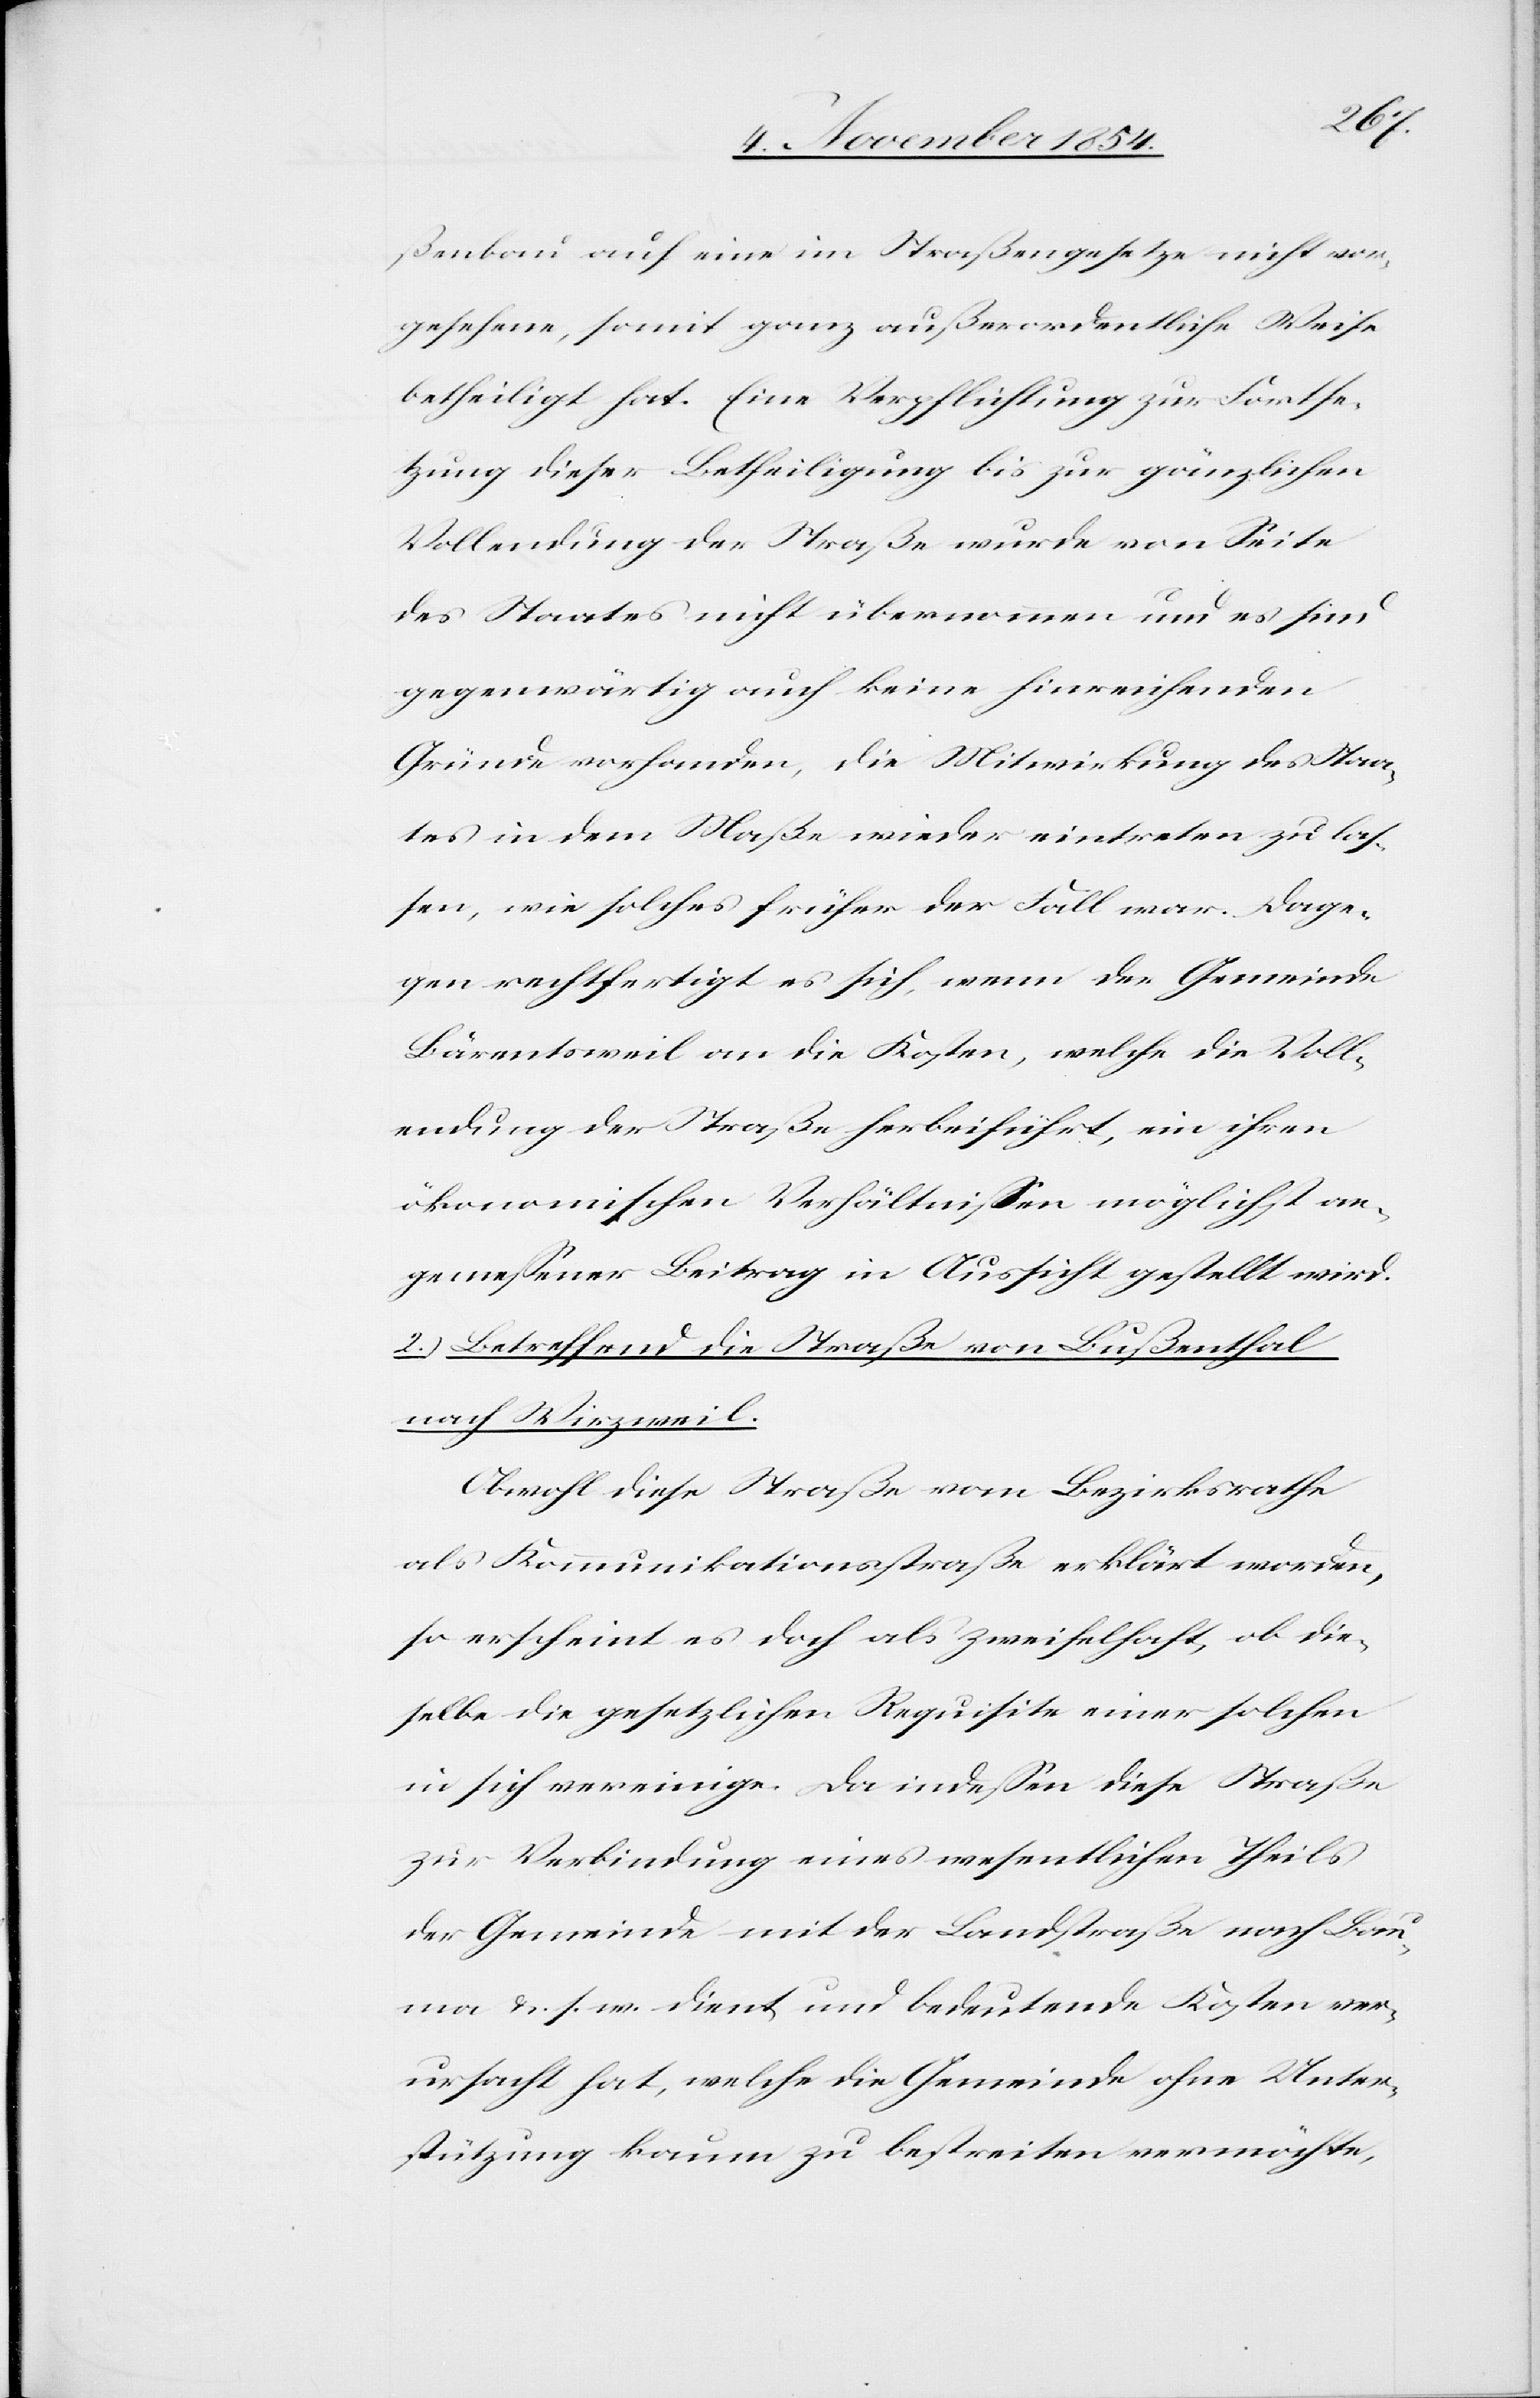
ßenbau auf eine im Straßengesetze nicht vor¬
gesehene, somit ganz außerordentliche Weise
betheiligt habe. Eine Verpflichtung zur Fortse¬
tzung dieser Betheiligung bis zur gänzlichen
Vollendung der Straße wurde von Seite
des Staates nicht übernommen und es sind
gegenwärtig auch keine hinreichenden
Gründe vorhanden, die Mitwirkung des Staa¬
tes in dem Maße wieder eintreten zu laß¬
en, wie solches früher der Fall war. Dage¬
gen rechtfertigt es sich, wenn der Gemeinde
Bärentsweil an die Kosten, welche die Voll¬
endung der Straße herbeiführt, ein ihren
ökonomischen Verhältnißen möglichst an¬
gemeßener Beitrag in Aussicht gestellt wird.
2.) Betreffend die Straße von Bußenthal
nach Wirzweil.
Obwohl diese Straße vom Bezirksrathe
als Kommunikationsstraße erklärt worden,
so erscheint es doch als zweifelhaft, ob die¬
selbe die gesetzliche Requisite einer solchen
in sich vereinige. Da indeßen diese Straße
zur Verbindung eines wesentlichen Theils
der Gemeinde mit der Landstraße nach Bau¬
ma u. s. w. dient und bedeutende Kosten ver¬
ursacht hat, welche die Gemeinde ohne Unter¬
stützung kaum zu bestreiten vermöchte,